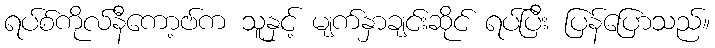
ရပ်စ်ကိုလ်နီကော့ဗ်က သူနှင့် မျက်နှာချင်းဆိုင် ရပ်ပြီး ပြန်ပြောသည်။